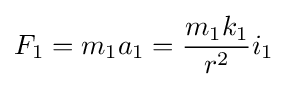
F_{1}=m_{1}a_{1}={\frac {m_{1}k_{1}}{r^{2}}}i_{1}